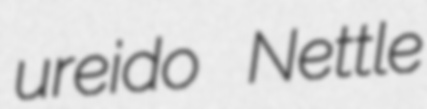
ureido Nettle